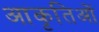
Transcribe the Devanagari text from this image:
आकृतिओं